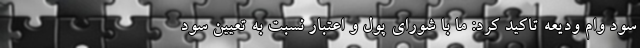
سود وام ودیعه تاکید کرد: ما با شورای پول و اعتبار نسبت به تعیین سود